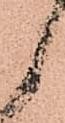
御